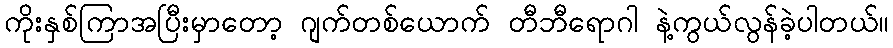
ကိုးနှစ်ကြာအပြီးမှာတော့ ဂျက်တစ်ယောက် တီဘီရောဂါ နဲ့ကွယ်လွန်ခဲ့ပါတယ်။